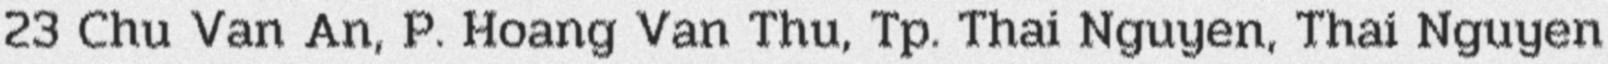
23 Chu Van An, P. Hoang Van Thu, Tp. Thai Nguyen, Thai Nguyen